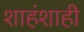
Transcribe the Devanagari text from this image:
शाहंशाही